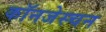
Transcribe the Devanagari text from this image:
कॉनजेस्चन